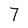
Character: 7